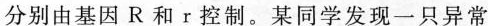
分别由基因R和r控制。某同学发现一只异常